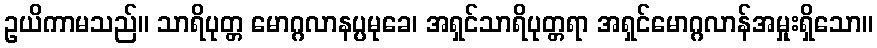
ဥယိကာမသည်။ သာရိပုတ္တ မောဂ္ဂလာနပ္ပမုခေ၊ အရှင်သာရိပုတ္တရာ အရှင်မောဂ္ဂလာန်အမှုးရှိသော။